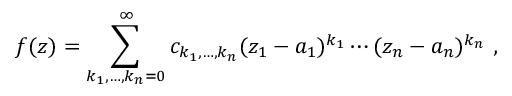
f ( z ) = \sum _ { k _ { 1 } , \dots , k _ { n } = 0 } ^ { \infty } c _ { k _ { 1 } , \dots , k _ { n } } ( z _ { 1 } - a _ { 1 } ) ^ { k _ { 1 } } \cdots ( z _ { n } - a _ { n } ) ^ { k _ { n } } \ ,